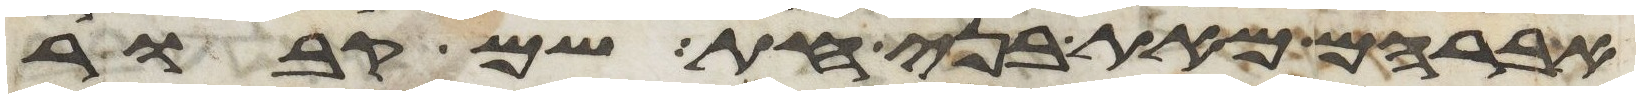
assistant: אברהם מאת בני חת שם קבור